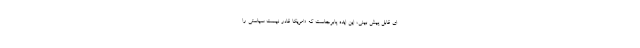
ای قابل پیش بینی، این ایده پابرجاست که «امریکا قادر نیست سیاستی را